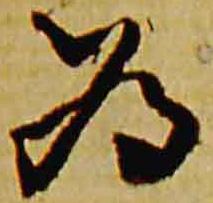
為